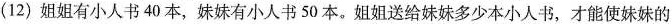
(12)姐姐有小人书40本，妹妹有小人书50本。姐姐送给妹妹多少本小人书，才能使妹妹的